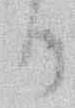
る